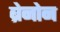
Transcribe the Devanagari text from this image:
ब्रेनोन